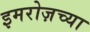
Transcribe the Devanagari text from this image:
इमरोज़च्या